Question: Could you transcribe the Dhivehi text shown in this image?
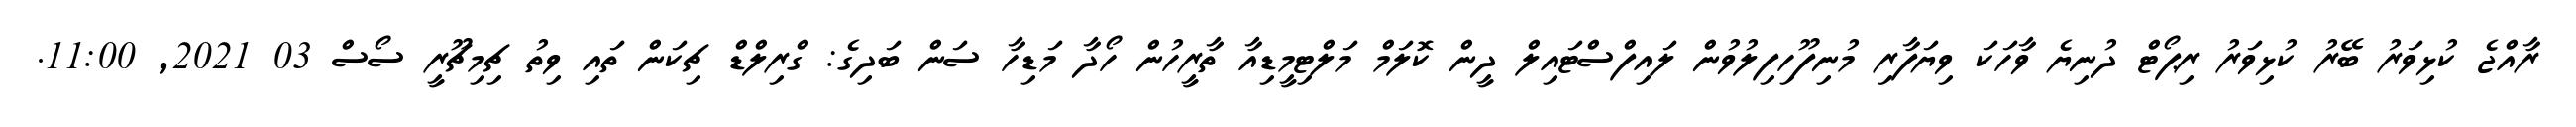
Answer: ރާއްޖެ ކުޅިވަރު ބޭރު ކުޅިވަރު ރިޕޯޓް ދުނިޔެ ވާހަކަ ވިޔަފާރި މުނިފޫހިފިލުވުން ލައިފްސްޓައިލް ދީން ކޮލަމް މަލްޓިމީޑިއާ ތާރީހުން ހޯދާ މަޑިހާ ސަން ބަދިގެ: ގްރިލްޑް ޗިކަން ތައި ވިތު ޗިމިޗޫރީ ސޯސް 03 2021, 11:00.